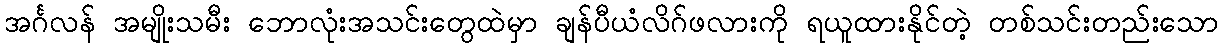
အင်္ဂလန် အမျိုးသမီး ဘောလုံးအသင်းတွေထဲမှာ ချန်ပီယံလိဂ်ဖလားကို ရယူထားနိုင်တဲ့ တစ်သင်းတည်းသော